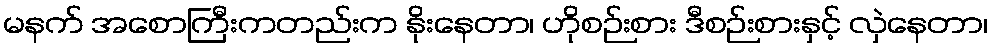
မနက် အစောကြီးကတည်းက နိုးနေတာ၊ ဟိုစဉ်းစား ဒီစဉ်းစားနှင့် လှဲနေတာ၊